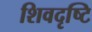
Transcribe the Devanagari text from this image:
शिवदृष्टि